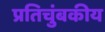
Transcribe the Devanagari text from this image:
प्रतिचुंबकीय